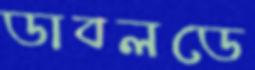
ডাবলডে